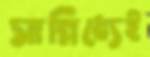
সান্নিধ্যেই